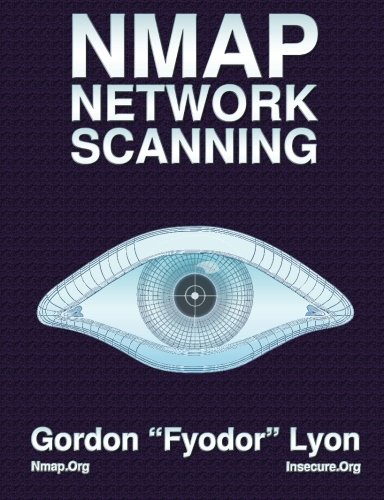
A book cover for Nmap Network Scanning: The Official Nmap Project Guide to Network Discovery and Security Scanning; Gordon Fyodor Lyon; Computers & Technology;